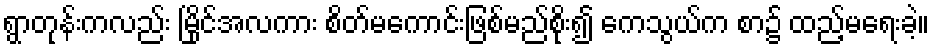
ရွာတုန်းကလည်း မြိုင်အလကား စိတ်မကောင်းဖြစ်မည်စိုး၍ ကေသွယ်က စာ၌ ထည့်မရေးခဲ့။